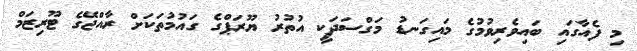
މި ފެއާގައި ބައިވެރިވުމުގެ މައިގަނޑު މަގްސަދަކީ އުތުރު ޔޫރަޕްގެ ގައުމުތަކަށް ރާއްޖޭގެ ޓޫރިޒަމް